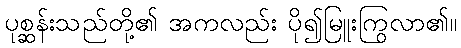
ပုစ္ဆန်းသည်တို့၏ အကလည်း ပို၍မြူးကြွလာ၏။